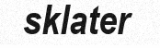
sklater